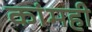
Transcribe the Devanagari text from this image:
कांमही